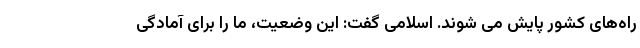
راه‌های کشور پایش می شوند. اسلامی گفت: این وضعیت، ما را برای آمادگی